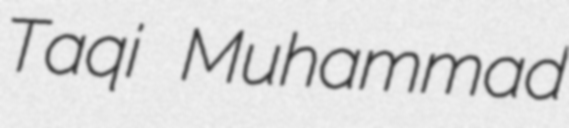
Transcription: Taqi Muhammad